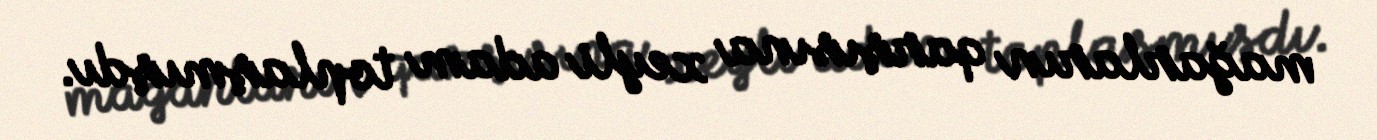
mağarların qarşısına xeyli adam toplaşmışdı.